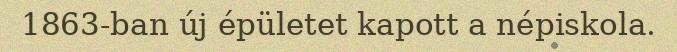
1863-ban új épületet kapott a népiskola.